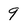
Character: 9